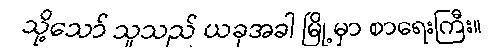
သို့သော် သူသည် ယခုအခါ မြို့မှာ စာရေးကြီး။